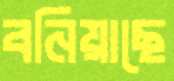
বনিয়াছে